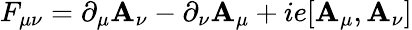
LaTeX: F_{\mu\nu}=\partial_{\mu}\mathbf{A}_{\nu}-\partial_{\nu}\mathbf{A}_{\mu}+ie[\mathbf{A}_{\mu},\mathbf{A}_{\nu}]